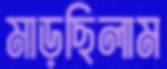
মাড়ছিলাম